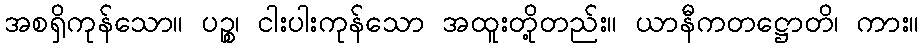
အစရှိကုန်သော။ ပဉ္စ၊ ငါးပါးကုန်သော အထူးတို့တည်း။ ယာနီကတဋ္ဌောတိ၊ ကား။